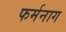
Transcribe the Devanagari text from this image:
फर्मनाग